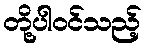
တို့ပါဝင်သည့်